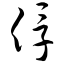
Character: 俘